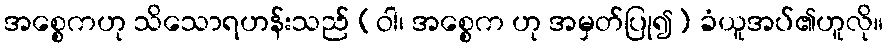
အစ္စေကဟု သိသောရဟန်းသည် (ဝါ၊ အစ္စေက ဟု အမှတ်ပြု၍) ခံယူအပ်၏ဟူလို။